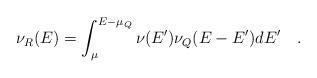
LaTeX: \begin{align*}\nu_R(E)=\int_{\mu}^{E-\mu_Q}\nu(E')\nu_Q(E-E') dE'~~~.\end{align*}